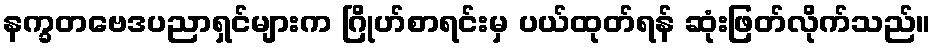
နက္ခတဗေဒပညာရှင်များက ဂြိုဟ်စာရင်းမှ ပယ်ထုတ်ရန် ဆုံးဖြတ်လိုက်သည်။